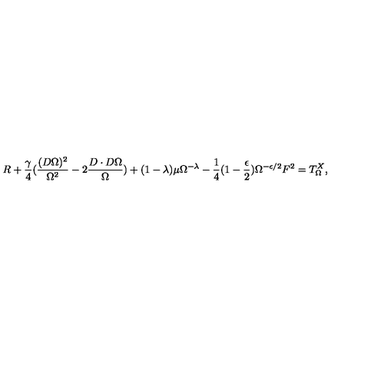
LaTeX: R + \frac { \gamma } { 4 } ( \frac { ( D \Omega ) ^ { 2 } } { \Omega ^ { 2 } } - 2 \frac { D \cdot D \Omega } { \Omega } ) + ( 1 - \lambda ) \mu \Omega ^ { - \lambda } - \frac { 1 } { 4 } ( 1 - \frac { \epsilon } { 2 } ) \Omega ^ { - \epsilon / 2 } F ^ { 2 } = T _ { \Omega } ^ { X } ,